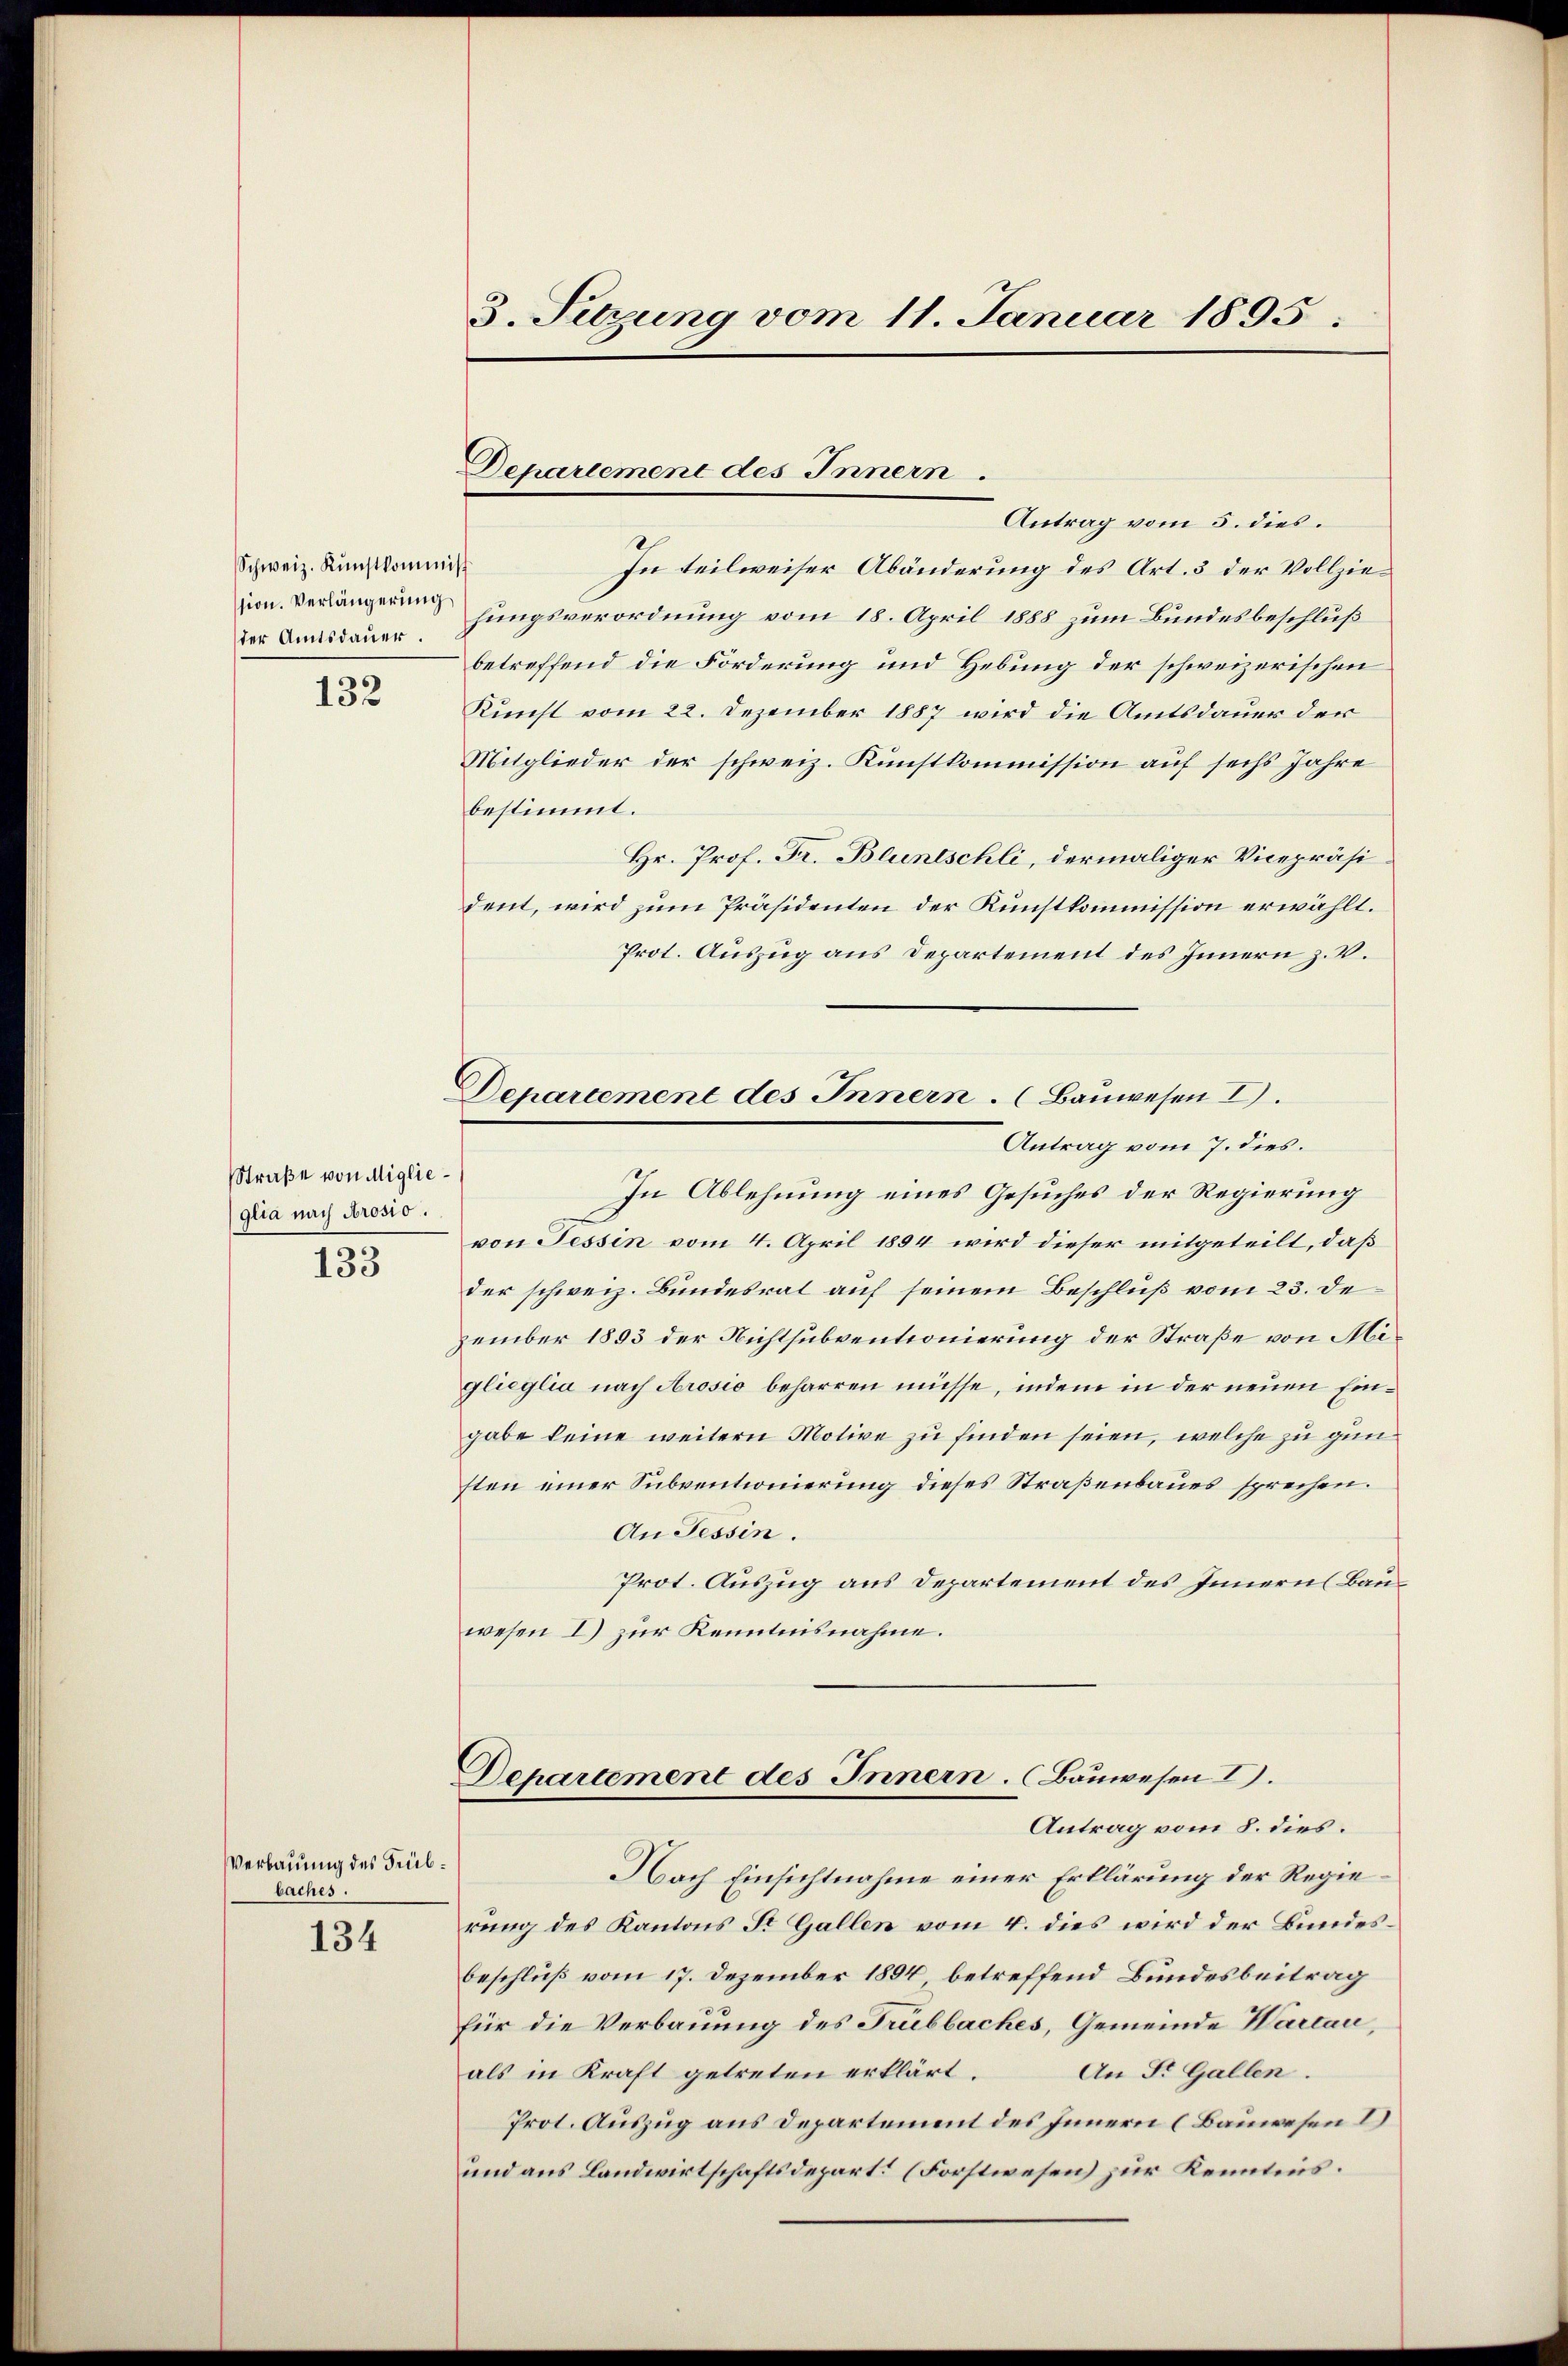
Schweiz. Kunstkommiss
der Amtsdauer.

132

Straße von Miglieglia nach Prosio.

133

Verbauung des Trübbaches.

134

3. Setzung vom 11. Januar 1895.

Depariement des Innern.

Departement des Innern. (Bauwesen I
Antrag vom 7. dies.

Antrag vom 5. dies.
In teilweiser Abänderung des Art. 3 der Vollziezion. Verlängerung hungsverordnung vom 18. April 1888 zum Bundesbeschluß
betreffend die Forderung und Hebung der schweizerischen
Kunst vom 22. Dezember 1887 wird die Amtsdauer der
Mitglieder der schweiz. Kunstkommission auf sechs Jahre
bestimmt.
Hr. Prof. Fr. Bluntschli, dermaliger Vicepräsident, wird zum Präsidenten der Kunstkommission erwählt.
Prot. Auszug aus Departement des Innern z. B.
In Ablehnung eines Gesuches der Regierung
von Tessin vom 4. April 1894 wird dieser mitgeteilt, daß
der schweiz. Bundesrat auf seinem Beschluß vom 23. de
zember 1893 der Nichtsubventionierung der Straße von Miglieglia nach Arosio beharren müsse, indem in der neuen Eingabe keine weitern Motive zu finden seien, welche zu gun
sten einer Subventionierung dieses Straßenbaues sprechen.
An Tessin.
Prot. Auszug aus Departement des Innern Bauwesen I) zur Kenntnisnahme.
Departement des Innern. (Bauwesen I.
Antrag vom 8. dies.
Nach Einsichtnahme einer Erklärung der Regierung des Kantons St. Gallen vom 4. dies wird der Bundesbeschluß vom 17. Dezember 1894 betreffend Bundesbeitrag
für die Verbauung des Trubbaches, Gemeinde Warcau,
als in Kraft getreten erklärt.
An Dr. Gallen.
Prot. Auszug aus Departement des Innern (Bauwesen I
und aus Landwirtschaftsdepart. (Forstwesen zur Kenntnis.